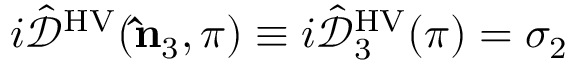
i \hat { \mathcal { D } } ^ { \mathrm { H V } } ( { \bf \hat { n } } _ { 3 } , \pi ) \equiv i \hat { \mathcal { D } } _ { 3 } ^ { \mathrm { H V } } ( \pi ) = \sigma _ { 2 }